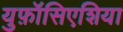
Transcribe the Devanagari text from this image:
युफ़ॉसिएशिया